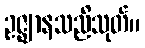
ဥဇ္ဈာနသညိသုတ်။